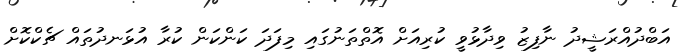
އަބްދުއްރަޝީދު ނާފިޒު ވިދާޅުވީ ކުރިއަށް އޮތްތަނުގައި މިފަދަ ކަންކަން ކުރާ އުޅަނދުތައް ޗެކްކޮށް